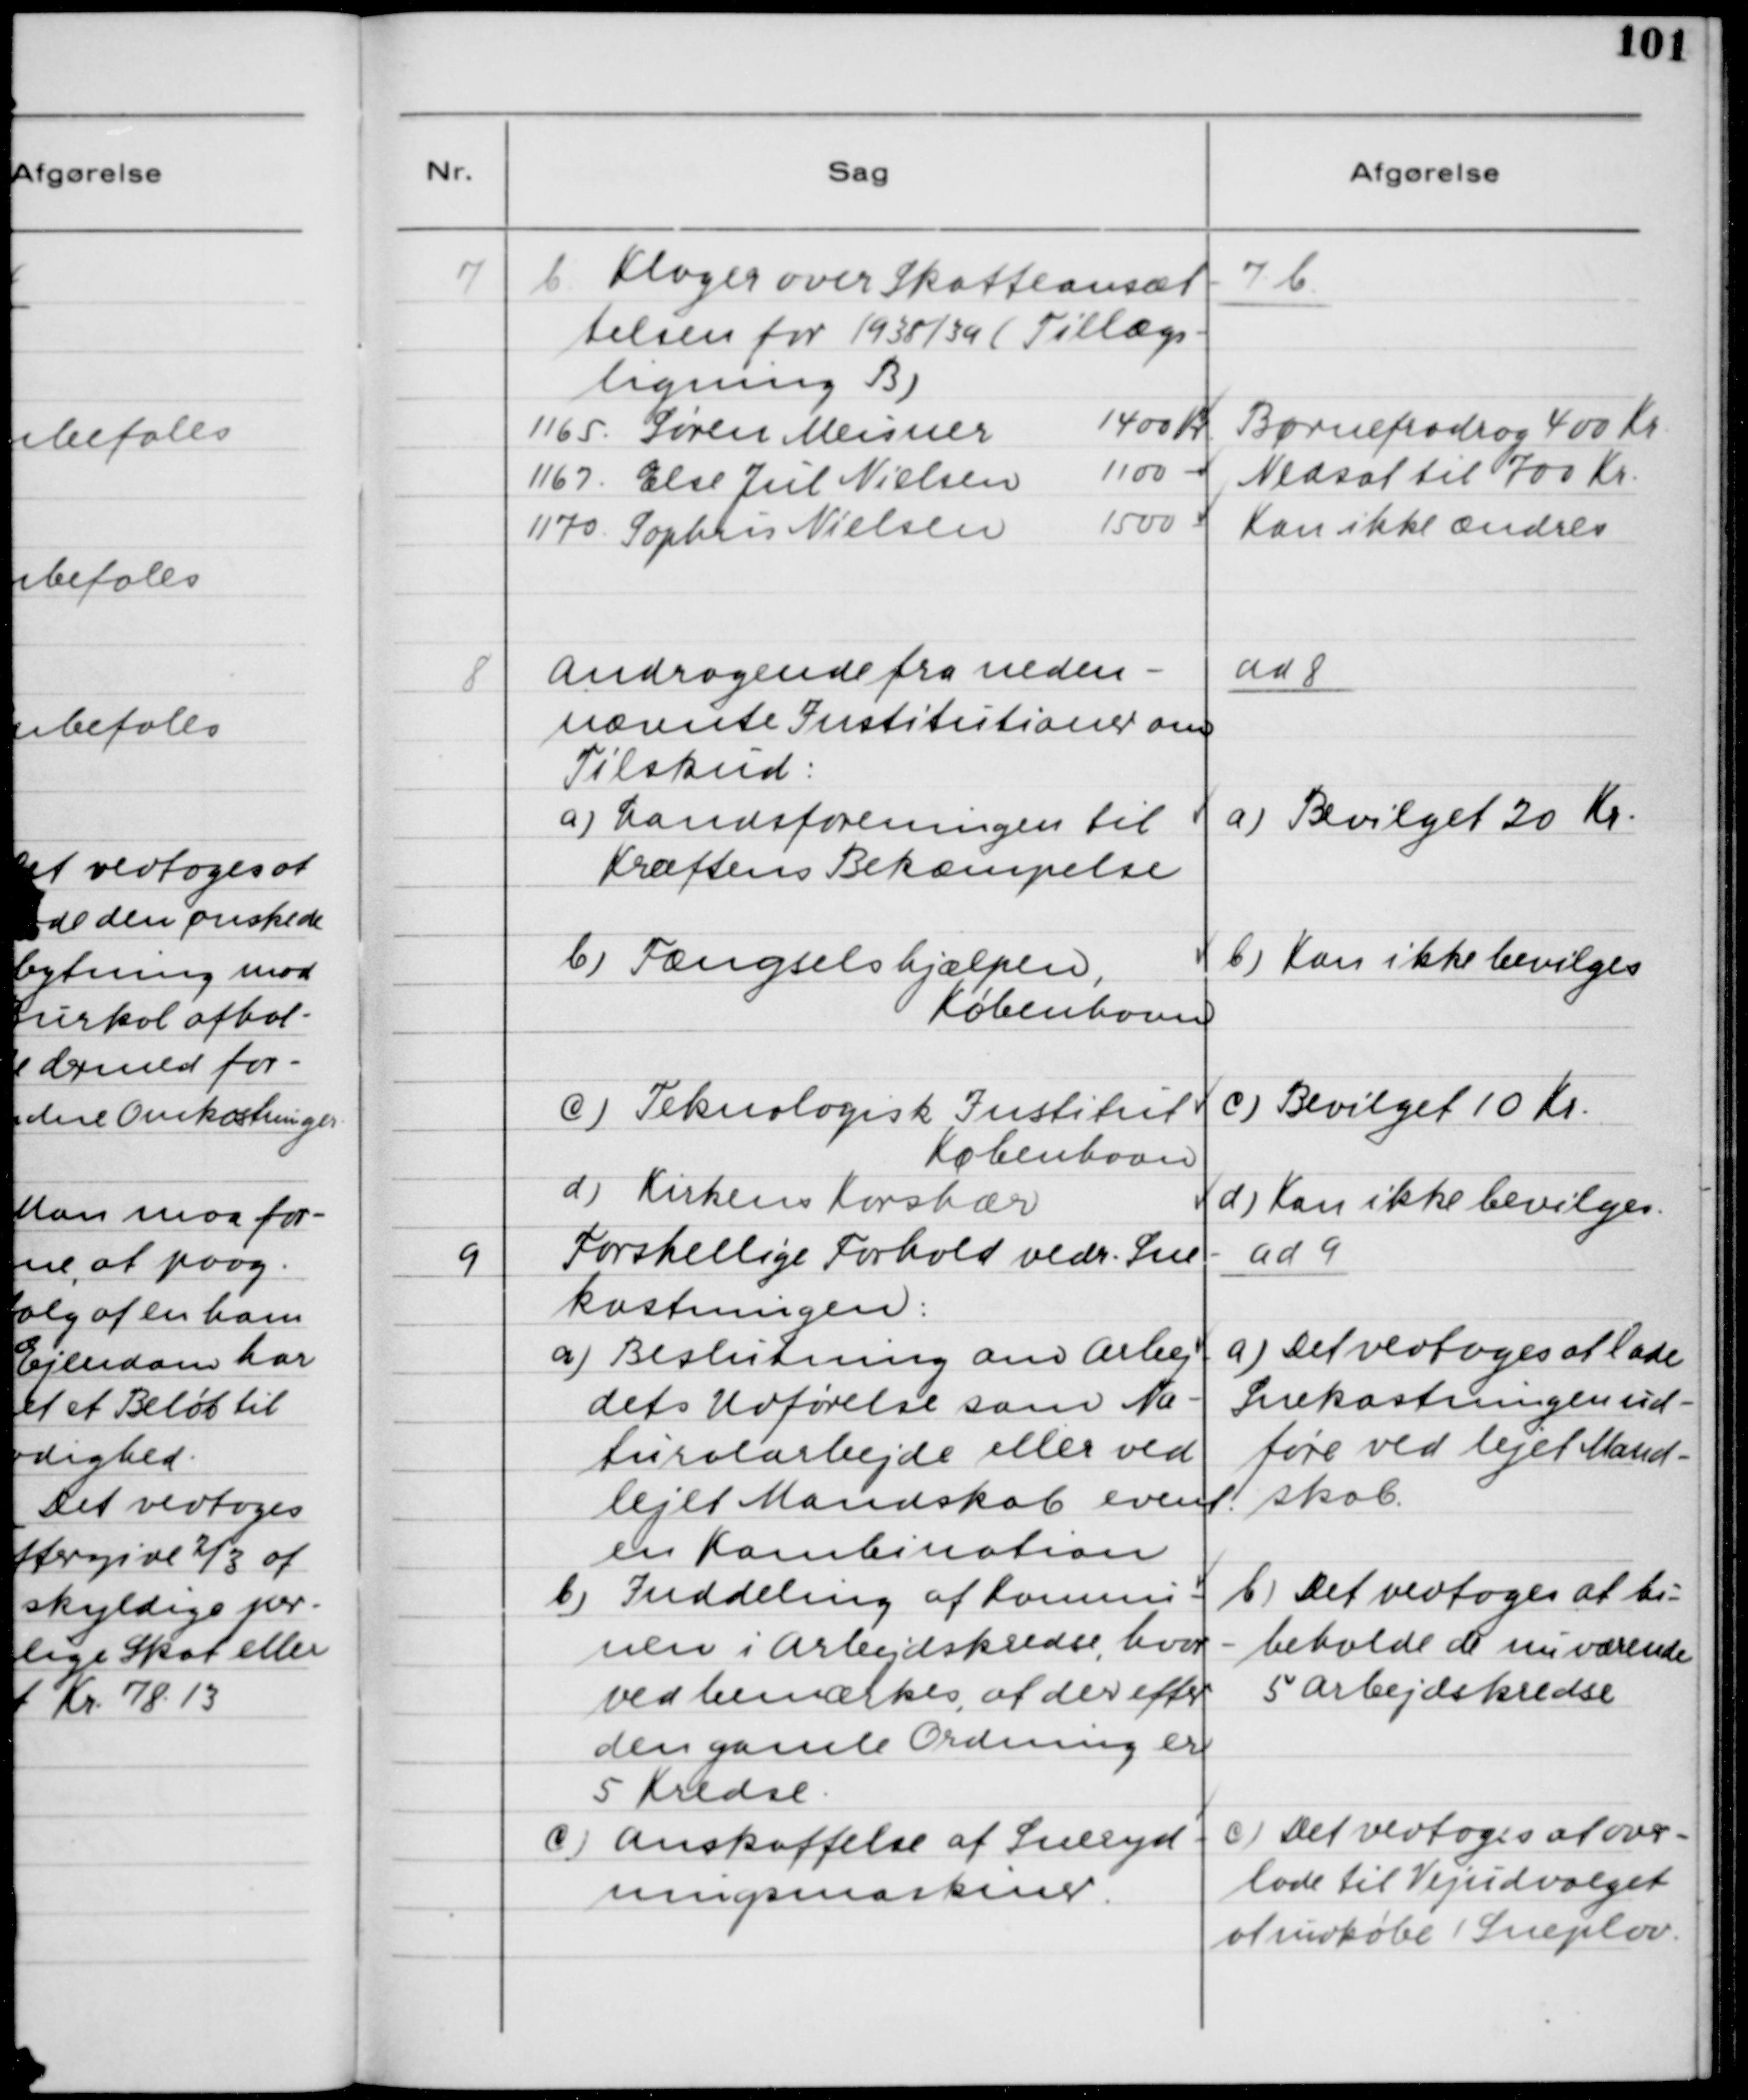
Transskription:
7
b) Klager over Skatteansæt-
telsen for 1938/39 (Tillægs-
ligning B)

7 b

8
Andragende fra neden-
nævnte Institutioner om
Tilskud:
a) Landsforeningen til 
Kræftens Bekæmpelse 
b) Fængselshjælpen, 
København 
c) Teknologisk Institut
København
d) Kirkens Korshær

ad 8.
a) Bevilget 20 Kr.
b) Kan ikke bevilges
c) Bevilget 10 Kr.
d) Kan ikke bevilges

9
Forskellige Forhold vedr. Sne-
kastningen: 
a) Beslutning om Arbej-
dets Udførelse som Na-
turalarbejde eller ved
lejet Mandskab event. 
en Kombination 
b) Inddeling af Kommu-
nen i Arbejdskredse, hvor-
ved bemærkes, at der efter 
den gamle Ordning er
5 Kredse. 
c) Anskaffelse af Sneryd-
ningsmaskiner

ad 9.
a) Det vedtoges at lade
Snekastningen ud-
føre ved lejet Mand-
skab.
b) Det vedtoges at bi-
beholde de nuværende
5 Arbejdskredse.
c) Det vedtoges at over-
lade til Vejudvalget
at indkøbe 1 Sneplov.